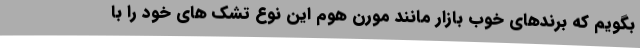
بگویم که برندهای خوب بازار مانند مورن هوم این نوع تشک های خود را با